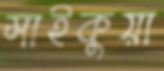
সাইকুয়া